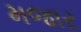
મજાર